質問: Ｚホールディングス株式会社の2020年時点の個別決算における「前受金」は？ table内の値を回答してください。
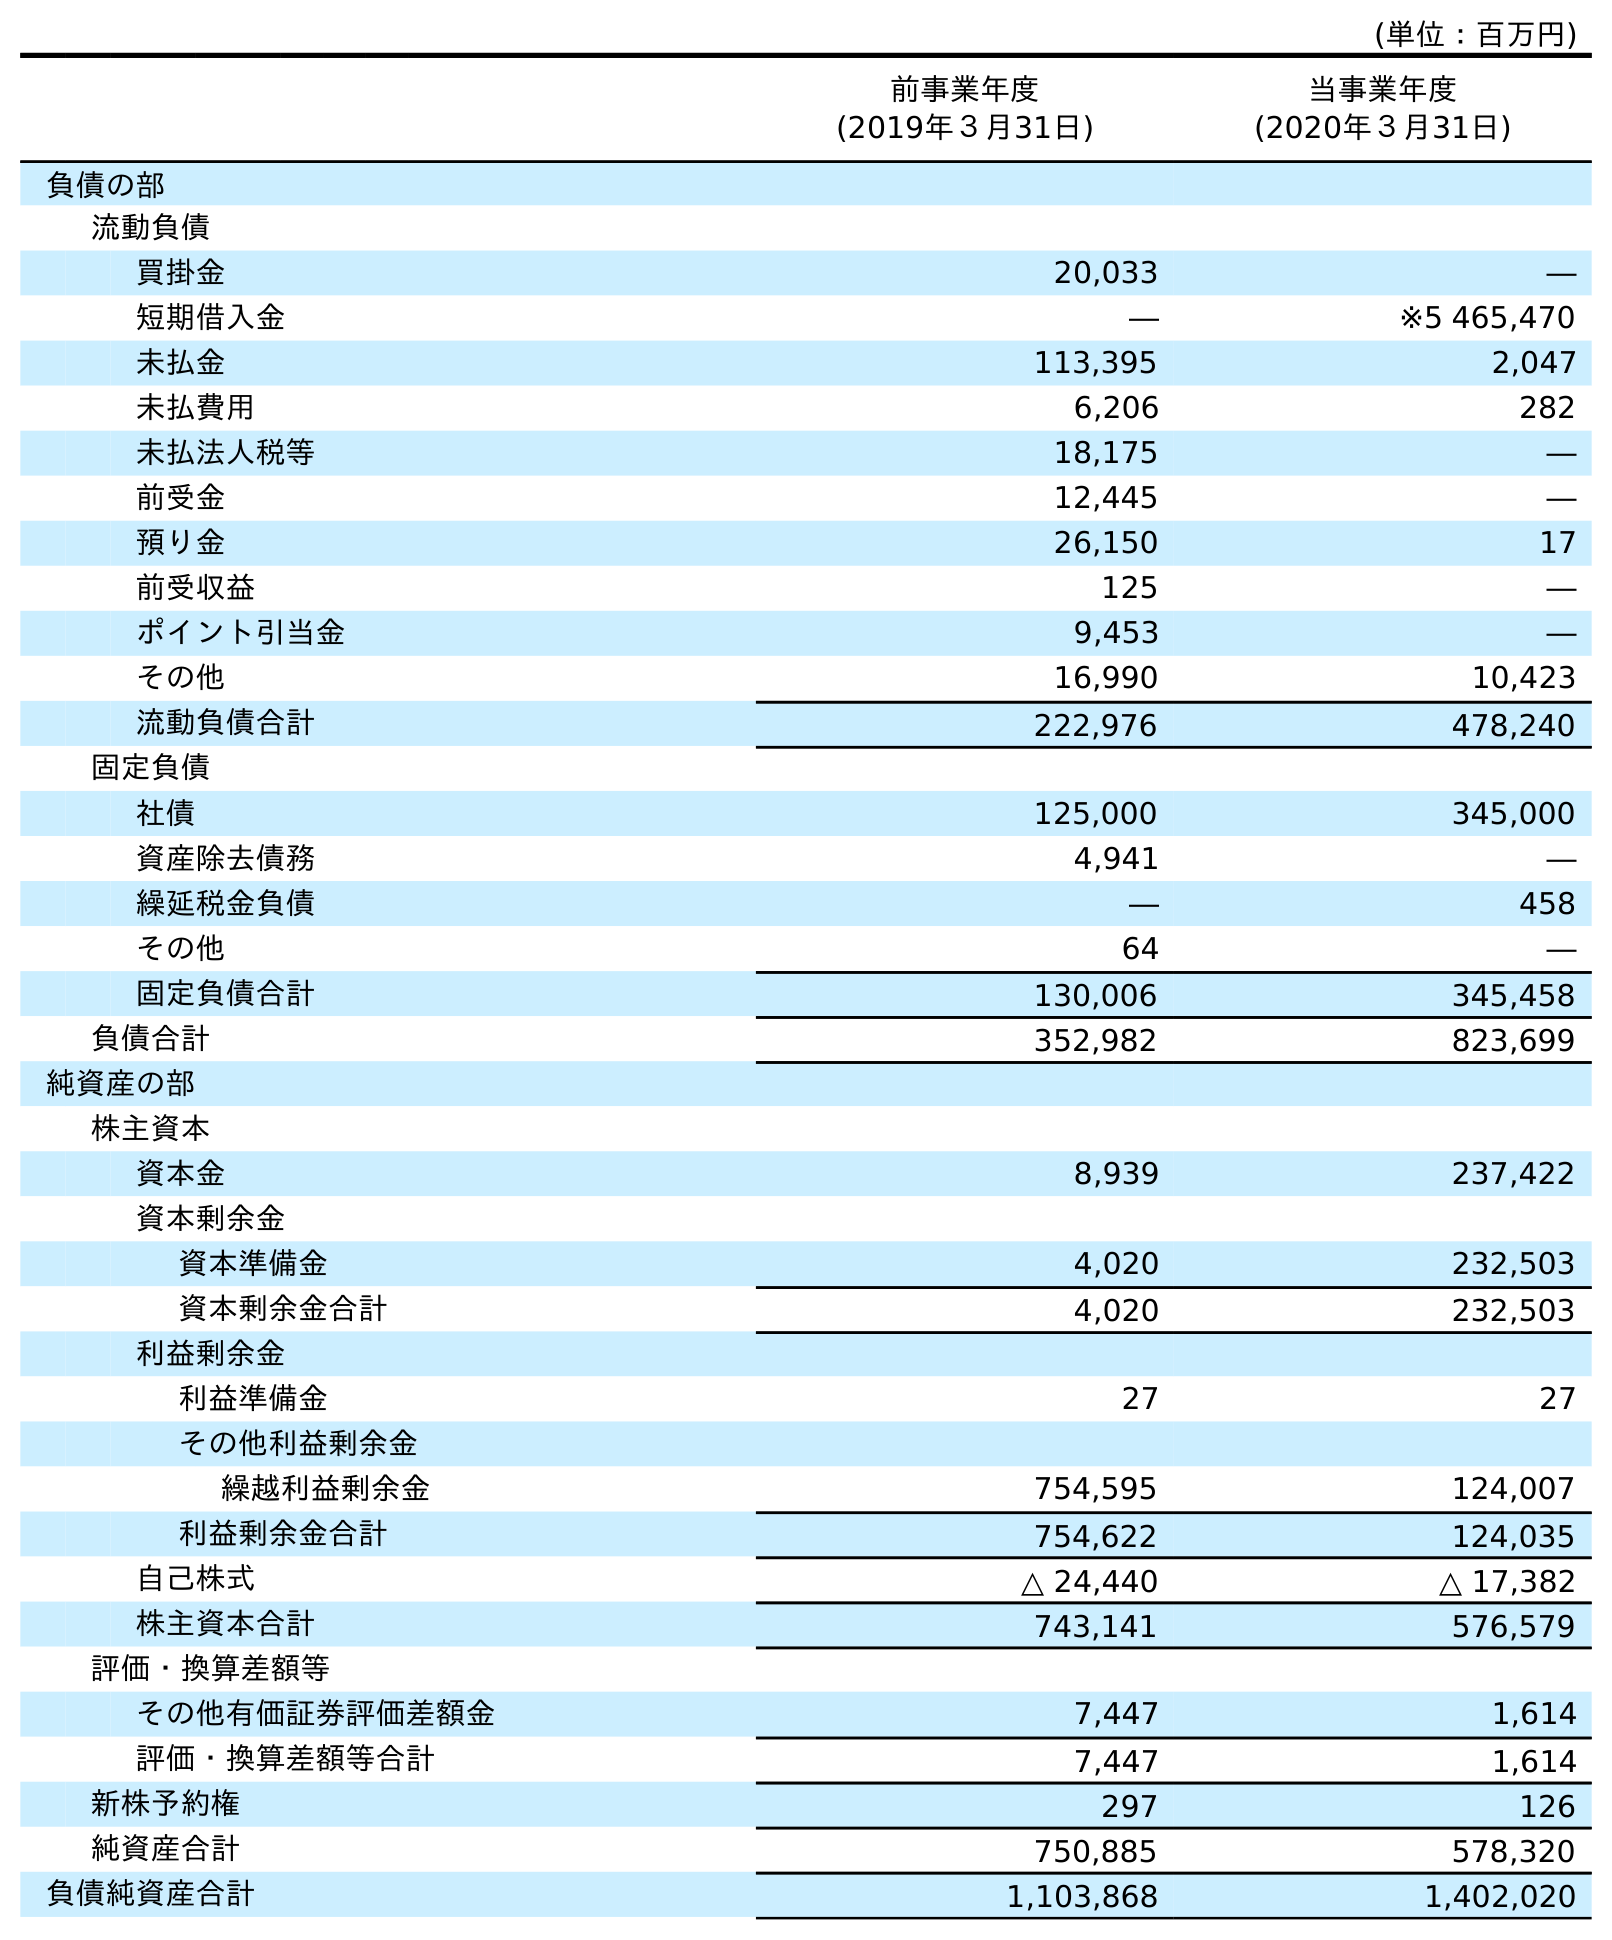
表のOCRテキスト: (単位：百万円) 前事業年度 (2019年３月31日) 当事業年度 (2020年３月31日) 負債の部 流動負債 買掛金 20,033 ― 短期借入金 ― ※5 465,470 未払金 113,395 2,047 未払費用 6,206 282 未払法人税等 18,175 ― 前受金 12,445 ― 預り金 26,150 17 前受収益 125 ― ポイント引当金 9,453 ― その他 16,990 10,423 流動負債合計 222,976 478,240 固定負債 社債 125,000 345,000 資産除去債務 4,941 ― 繰延税金負債 ― 458 その他 64 ― 固定負債合計 130,006 345,458 負債合計 352,982 823,699 純資産の部 株主資本 資本金 8,939 237,422 資本剰余金 資本準備金 4,020 232,503 資本剰余金合計 4,020 232,503 利益剰余金 利益準備金 27 27 その他利益剰余金 繰越利益剰余金 754,595 124,007 利益剰余金合計 754,622 124,035 自己株式 △ 24,440 △ 17,382 株主資本合計 743,141 576,579 評価・換算差額等 その他有価証券評価差額金 7,447 1,614 評価・換算差額等合計 7,447 1,614 新株予約権 297 126 純資産合計 750,885 578,320 負債純資産合計 1,103,868 1,402,020
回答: ―